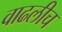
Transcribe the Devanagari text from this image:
वाढलीच